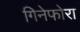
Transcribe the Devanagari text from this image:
गिनेफोरा